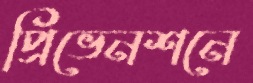
প্রিভেনশনে